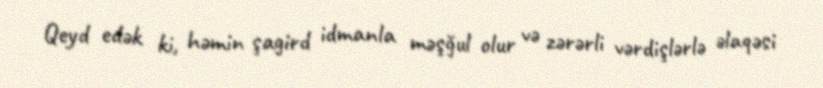
Qeyd edək ki, həmin şagird idmanla məşğul olur və zərərli vərdişlərlə əlaqəsi